65_HS1-834228961_62-HQ-83894_Section_1
Agency: FBI
Page 103
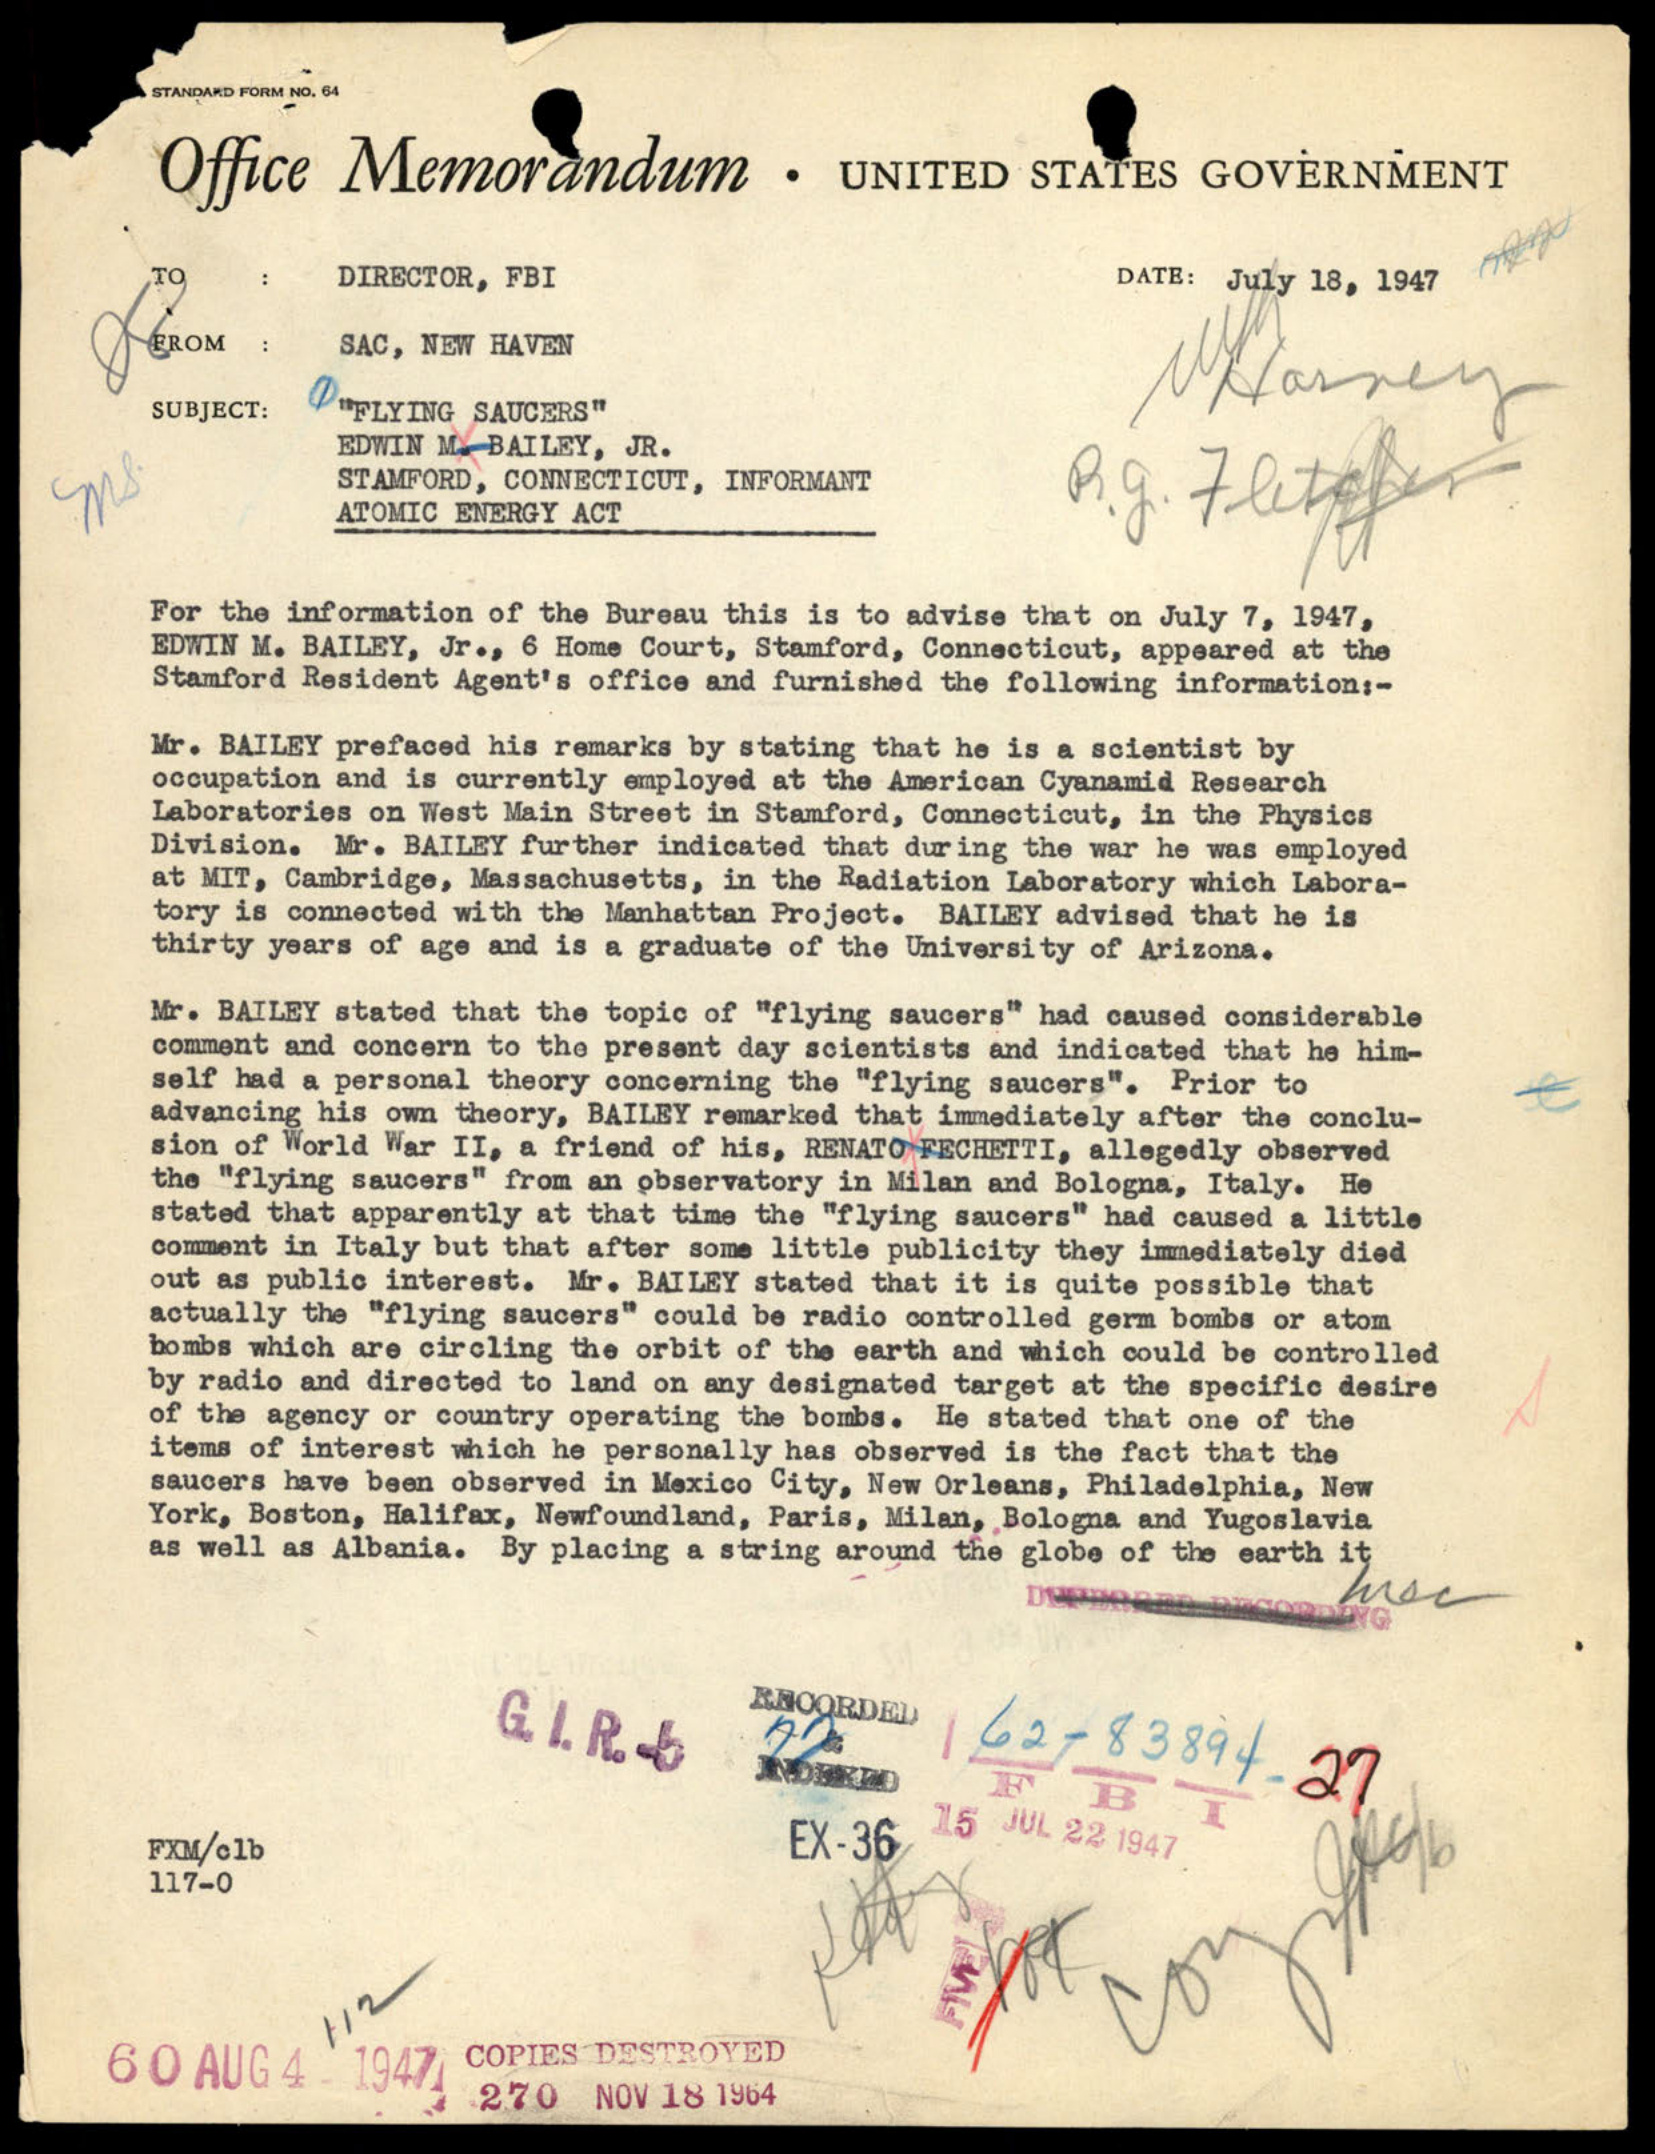